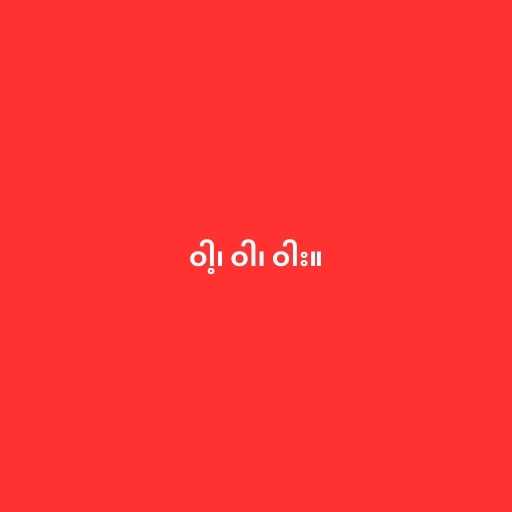
ဝါ့၊ ဝါ၊ ဝါး။